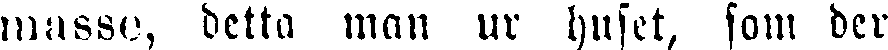
masse, detta man ur huset, som der